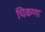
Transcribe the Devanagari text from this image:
चिकणा